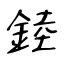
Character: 錴